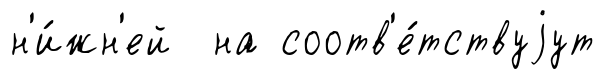
н'и́жн'ей на соотв'е́тствуjут